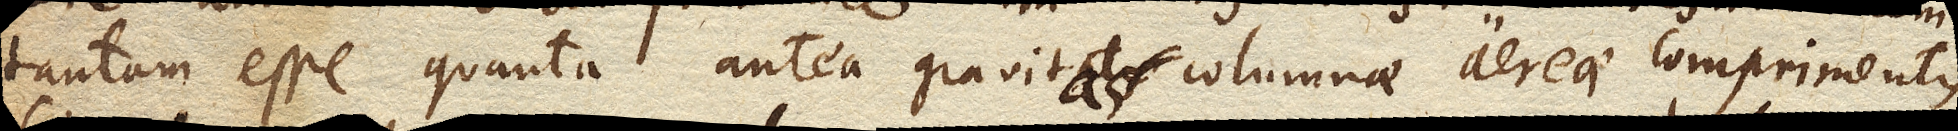
tantam esse quanta antea gravitas columnae aereae comprimentis